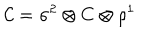
LaTeX: { \cal C } = \sigma ^ { 2 } \otimes C \otimes \rho ^ { 1 }